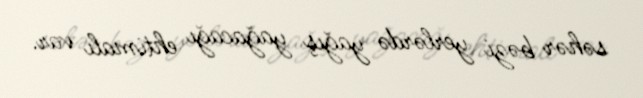
səhər bəzi yerlərdə yağış yağacağı ehtimalı var.